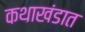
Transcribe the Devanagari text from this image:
कथाखंडात